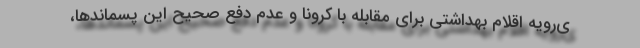
ی‌رویه اقلام بهداشتی برای مقابله با کرونا و عدم دفع صحیح این پسماندها،